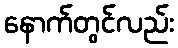
နောက်တွင်လည်း